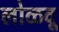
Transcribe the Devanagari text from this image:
लोळवू